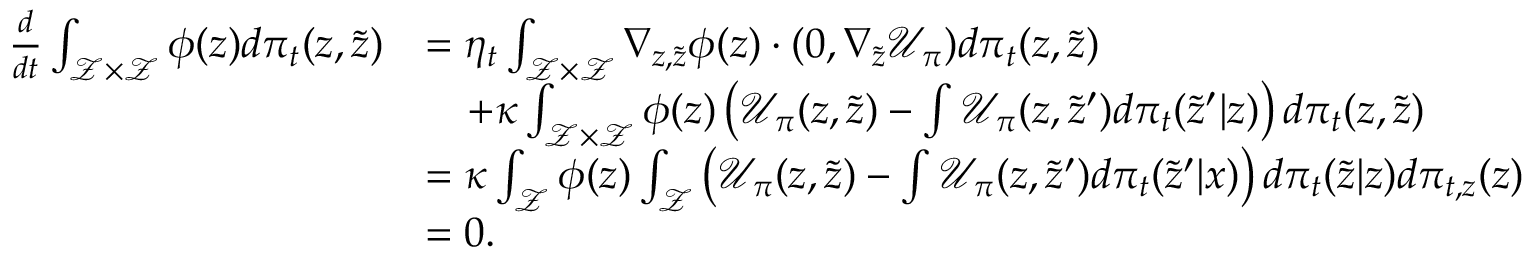
\begin{array} { r l } { \frac { d } { d t } \int _ { \mathcal Z \times \mathcal Z } \phi ( z ) d \pi _ { t } ( z , \tilde { z } ) } & { = \eta _ { t \normalcolor } \int _ { \mathcal Z \times \mathcal Z } \nabla _ { z , \tilde { z } } \phi ( z ) \cdot ( 0 , \nabla _ { \tilde { z } } \mathcal { U } _ { \pi } ) d \pi _ { t } ( z , \tilde { z } ) } \\ & { \quad + \kappa \int _ { \mathcal Z \times \mathcal Z } \phi ( z ) \left( \mathcal { U } _ { \pi } ( z , \tilde { z } ) - \int \mathcal { U } _ { \pi } ( z , \tilde { z } ^ { \prime } ) d \pi _ { t } ( \tilde { z } ^ { \prime } | z ) \right) d \pi _ { t } ( z , \tilde { z } ) } \\ & { = \kappa \int _ { \mathcal Z } \phi ( z ) \int _ { \mathcal { Z } } \left( \mathcal { U } _ { \pi } ( z , \tilde { z } ) - \int \mathcal { U } _ { \pi } ( z , \tilde { z } ^ { \prime } ) d \pi _ { t } ( \tilde { z } ^ { \prime } | x ) \right) d \pi _ { t } ( \tilde { z } | z ) d \pi _ { t , z } ( z ) } \\ & { = 0 . } \end{array}